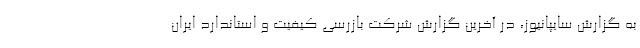
به گزارش سايپانيوز، در آخرين گزارش شركت بازرسي كيفيت و استاندارد ايران